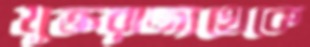
যুক্তরাজ্যথেকে